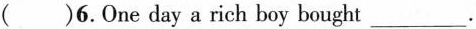
( )6.One day a rich boy bought___.